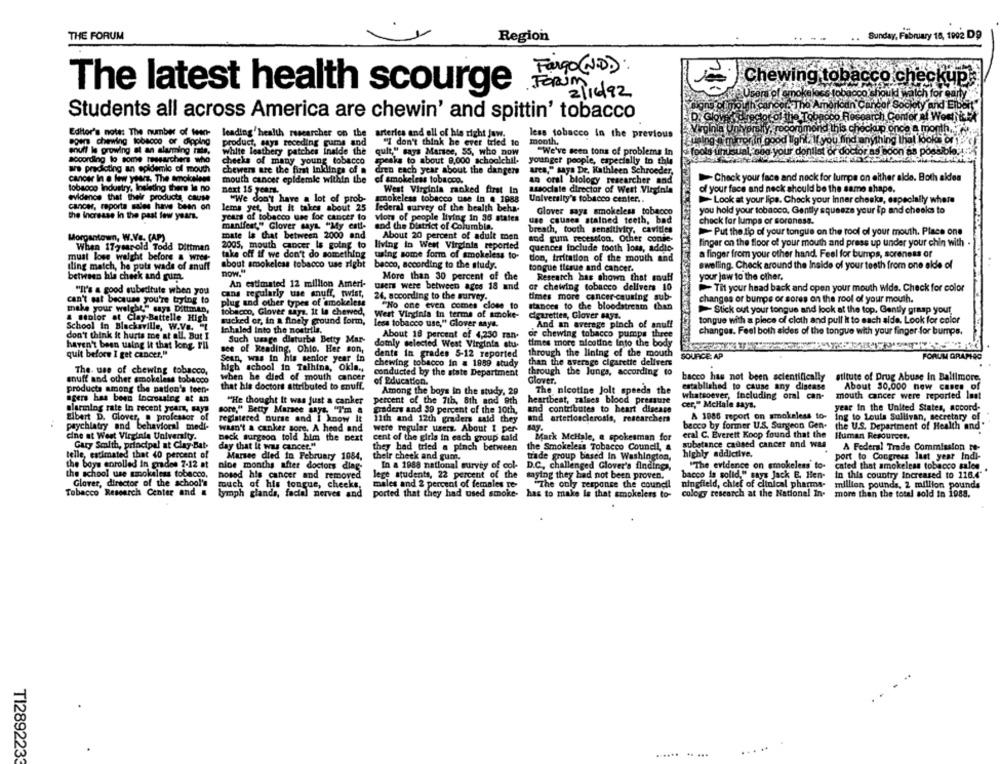
THE FORUM
Region
Sunday, February 18, 1992 D9
Fargo ( N.D.):
Chewing tobacco ch
leckup
The latest health scourge
Forum
2/16/92
hoke
napolimio
The A
bilodn Cancor
oty and Eiba
Students all across America are chewin' and spittin' tobacco
col the Tobpoco Researc
Editor's nota: The number of Wenn-
vůmı
leading health researcher on the
arteries and oll of his right jaw.
less tobacco in the previous
egen chewing tobacco or chipping
product, says receding gums and
"I don't think he ever tried to
month.
souff le growing at an alarming rade,
white leathery patches inside the
quit," says Marsce, 55, who now
"We've seen tons of problems in
ir do
or doctor as
according to some researchers who
checks of many young tobacco
speaks to about 8,000 schoolchil-
younger people, especially to this
are predicting an epidemic of mouth
chewers are the first Inkings of a
dren each year about the dangers
arca," says Dr. Kathleen Schroeder,
cancer In a few years. The smokeless
mouth cancer epidemic within the of smokeless tobacco.
an oral biology researcher and
Check your face and nock for lumps on either alde. Both aldea
lobaooo Industry, Insleting thers le no
next 15 years.
West Virginia ranked first In
associate director of West Virginia
of your face and neck should be the same shape.
evidence that their products cause
"We don't have a lot of prob-
smokeless tobacco use in @ 1988
University's tobacco center ..
Look at your lips. Check your inner cheeks, especially where
cancer, reporta sales have been on
the Increase In the past few years.
lems yet, but it takes about 25 federal survey of the health beha-
Glover saya smokeless tobacco
you hold your tobacco, Gently squeeze your ip and cheeks to
years of tobacco use for cancer to
Viors of people living in 36 states
use causes stained teeth, bad
check for lumps or soreness.
manifest," Glover says "My catl-
and the District of Columbia,
breath, tooth sensitivity. cavities
Morgantown, W.Va. (AP)
mate le that between 2000 and
About 20 percent of adult men
sod gum recession, Other conie-
Put the tip of your tongue on the roof of your mouth. Place one
2005, mouth cancer Is going to living in West Virginia reported
finger on the floor of your mouth and press up under your chin with .
When 17yearold Todd Dittman
quences Include tooth loss, addio-
must lose weight before a wree-
take off if we don't do something
using some form of smokeless to-
tion, treitation of the mouth and
a finger from your other hand. Feel for bumps, soreness or
iling match, he puts wade of snuff
about smokeless tobacco use right bacco, according to the study.
tongue tissue and cancer.
swelling. Check around the Inside of your teeth from one alde of
between his check and gum.
now."
your jaw to the other.
More than 30 percent of the
Research has shown that snuff
"It's a good substitute when you
An estimated 12 million Ameri-
users were between ages 18 and
or chewing tobacco delivers 10
Til your head back and open your mouth wide. Check for color
cans regularly use snuff, twist,
24, according to the survey.
times more cancer-causing sub-
changes or bumps or sores on the roof of your mouth.
can't sat because you're trying to
plug and other types of smokeless
"No one even comes close to
stances to the bloodstream than
make your welche," says Dittmian,
tobacco, Glover says. It la chewed,
Stick out your tongue and look at the top, Gently grasp your
a sanlor at Clay-Battelle High
sucked or, in a finely ground form,
West Virginia In terms of smoke-
cigarettes, Glover says.
tongue with a piece of cloth and pull it to each side. Look for color
School in Blacksville, W.Ve. L
less tobacco use," Glover says.
And an average pinch of anuff
don't think it hurts me at all. But I
Inhaled Into the nostrils.
About 18 percent of 4,230 ran.
or chewing tobacco pumps three
changes. Feel both sides of the tongue with your finger for bumps.
Such usage dlaturbe Betty Mar-
domly selected West Virginia stu-
times more nicotine into the body
haven't been using it that long. Fli
see of Reading, Ohio. Her son,
quit before I get cancer."
Sean, was in his senior year in
dente in grades 5-12 reported
through the lining of the mouth
SOURCE: AP
FORUM GRAPHG
chewing tobacco in # 1859 study
than the average cigarette delivers
The use of chewing tobacco,
high school in Talhina, Okla .,
conducted by the state Department
through the Jungs, according to
snuff and other smokeless tobacco
when he died of mouth cancer
of Education.
Glover.
bacco has not been scientifically stitute of Drug Abuse In Baltimore,
products among the nation's teen-
that his doctors attributed to enuff.
The nicotine Jolt speeds the
established to cause any disease
About 30,000 new cases of
agers has been increasing at an
Among the boys in the study, 29
whatsoever, including oral can-
mouth cancer were reported laat
"He thought It was just a canker
percent of the 7th, 8th and 9th
heartbeat, raises blood pressure
cer," McHale says.
year In the United States, accord-
alarming rate in recent years, says
sore." Betty Marsee Bys. "I'm a
graders and 89 percent of the 10th,
and contributes to heart disease
Elbert D. Glover, . professor of
registered nurse and I know It
11th and 12th graders said they
arteriosclerosis, researchers
A 1886 report on smokeless to- ing to Louis Sullivan, secretary of
psychiatry and behavioral medi-
wasn't a canker sore. A head and
were regular users. About I per-
say.
becco by former U.S. Surgeon Gen-
the U.S. Department of Health and"
cine at West Virginia University.
eral C. Everett Koop found that the Human Resources,
Deck surgeon told him the next
cent of the girls in each group sald
Mark McHale, a spokesman for
substance caused cancer and was
Gary Smalth, principal at Clay-Bat-
day that it was cancer."
they had tried a pinch between
the Smokeless Tobacco Council, &
A Federal Trade Commission Fe-
telle, estimated that 40 percent of
Marsee died in February 1084.
their check and gum.
trade group based In Washington,
highly addictive.
port to Congress last year Indi-
the boys enrolled In grades 7-12 at
nice months after doctors diag-
In a 1988 national survey of col-
D.C. challenged Glover's finding.
"The evidence on smokeless to- cated that smokeless tobacco sales
the school use smokeless tobacco,
Glover, director of the school's
nosod his cancer and removed
lege students, 22 percent of the
saying they had not been proven.
bacco is solid," says Jack E. Hen-
in this country Increased to 116.4"
much of his tongue, cheeks.
males and 2 percent of females re-
"The only response the council
ningfield, chief of clinical pharma-
million pounds, 2 million pounds
Tobacco Research Center and &
lymph glands, fadel nerves and
ported that they had used smoke-
has to make is that smokelers to-
cology research at the National In.
more than the total sold in 1988.
......
.. ...
TI2892233